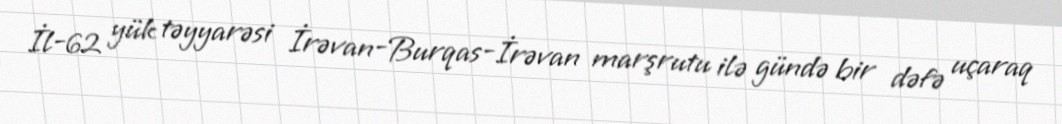
İl-62 yük təyyarəsi İrəvan-Burqas-İrəvan marşrutu ilə gündə bir dəfə uçaraq